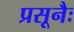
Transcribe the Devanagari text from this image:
प्रसूनैः